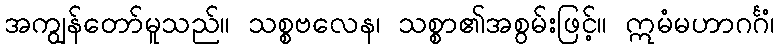
အကျွန်တော်မူသည်။ သစ္စဗလေန၊ သစ္စာ၏အစွမ်းဖြင့်။ ဣမံမဟာဂင်္ဂံ၊